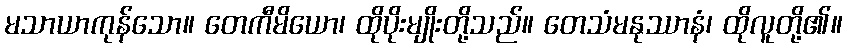
မသာယာကုန်သော။ တေကီမိယော၊ ထိုပိုးမျိုးတို့သည်။ တေသံမနုဿာနံ၊ ထိုလူတို့၏။